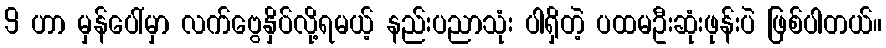
9 ဟာ မှန်ပေါ်မှာ လက်ဗွေနှိပ်လို့ရမယ့် နည်းပညာသုံး ပါရှိတဲ့ ပထမဦးဆုံးဖုန်းပဲ ဖြစ်ပါတယ်။